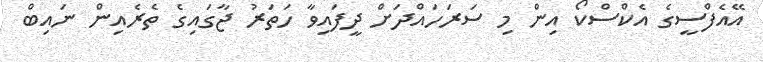
އޭއެފްސީގެ އެކްސްކޯ އިން މި ސަރަހައްދަށް ދީފައިވާ ހަތަރު ޖާގައިގެ ތެރެއިން ނައިބް